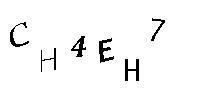
CH4EH7